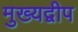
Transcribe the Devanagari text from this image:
मुख्यद्वीप